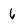
Character: 6